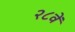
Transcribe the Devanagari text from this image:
२८वें